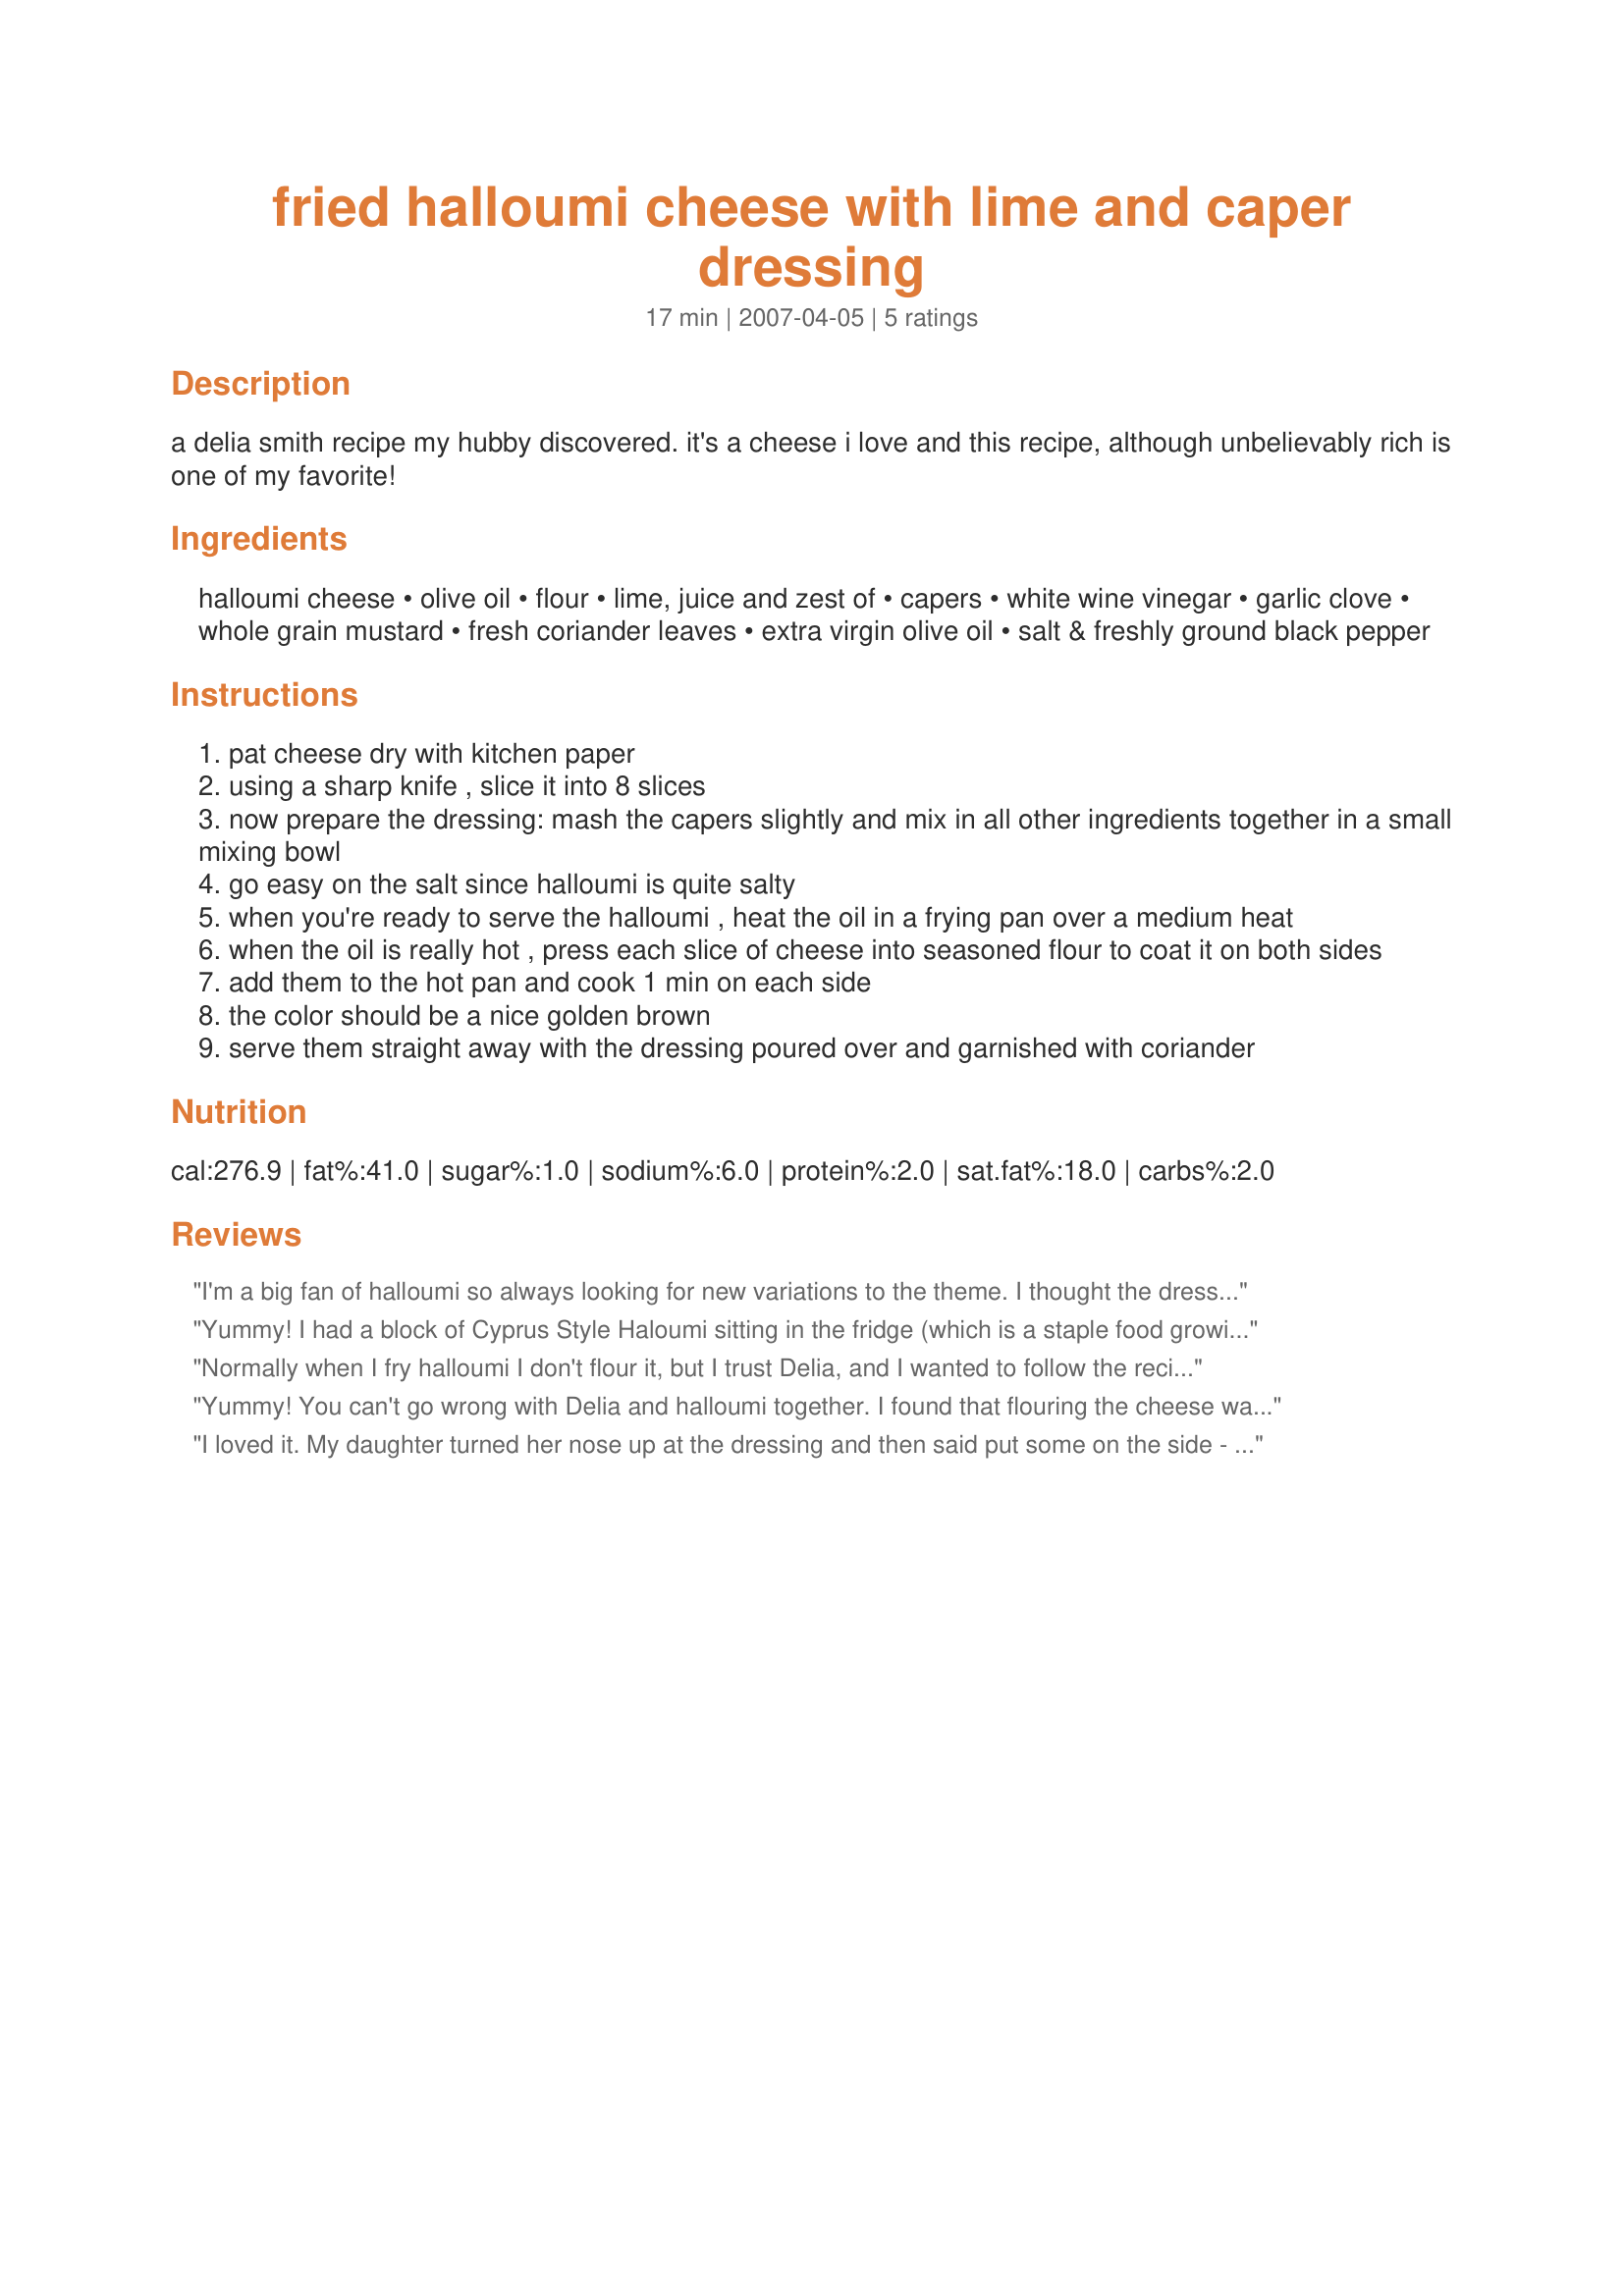
fried halloumi cheese with lime and caper dressing
Preparation time: 17 minutes

a delia smith recipe my hubby discovered. it's a cheese i love and this recipe, although unbelievably rich is one of my favorite!

Ingredients:
halloumi cheese, olive oil, flour, lime, juice and zest of, capers, white wine vinegar, garlic clove, whole grain mustard, fresh coriander leaves, extra virgin olive oil, salt & freshly ground black pepper

Steps:
pat cheese dry with kitchen paper
using a sharp knife , slice it into 8 slices
now prepare the dressing: mash the capers slightly and mix in all other ingredients together in a small mixing bowl
go easy on the salt since halloumi is quite salty
when you're ready to serve the halloumi , heat the oil in a frying pan over a medium heat
when the oil is really hot , press each slice of cheese into seasoned flour to coat it on both sides
add them to the hot pan and cook 1 min on each side
the color should be a nice golden brown
serve them straight away with the dressing poured over and garnished with coriander

Reviews:
I'm a big fan of halloumi so always looking for new variations to the theme. I thought the dressing was a bit "busy" with too many ingredients taking away the flavour from the halloumi. I would have preferred some balsamic dressing to offset the saltiness of the cheese. However, we thoroughly enjoyed experimenting with your recipe, hence the four stars!
Yummy! I had a block of Cyprus Style Haloumi sitting in the fridge (which is a staple food growing in a Cypriot household). I am so glad I found this recipe, everything was so perfect. I normally don't flour my haloumi but I gave it ago and I can see why Luschka advised it. It gave it a crispy coat and it also soaked in a lot of the dressing. I had to alter the dressing and I used parsley instead of coriander leaves because it was all I had at home, however I did add some coriander powder to the dressing so the flavour was still there. I can't wait to get my mother to try it when she returns from her overseas trip. Thank you so much Luschka.
Normally when I fry halloumi I don't flour it, but I trust Delia, and I wanted to follow the recipe, so I did, and it was fantastic. I didn't find it messy, and it gave the cheese a nice crunchy crust. The only change I made was to leave the mustard out of the dressing (allergy), and it was just fine without it. I served this on a bed of red coral lettuce, and there was plenty of dressing to cover the lettuce and the cheese, so it made a great salad! So yummy. Thanks Luschka!
Yummy! You can't go wrong with Delia and halloumi together. I found that flouring the cheese was very messy and not really necessary.
I loved it. My daughter turned her nose up at the dressing and then said put some on the side - then she came back for more. I think we have a convert to capers. :)
